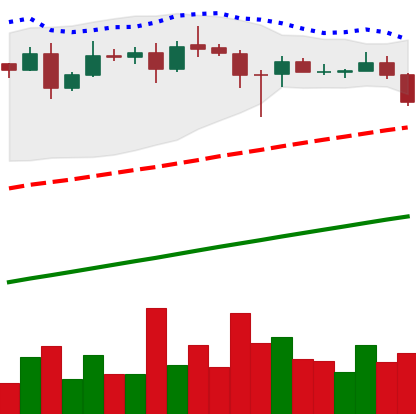
Ticker: ADA-USD
Chart end date: 2020-08-19
Forward return: -3.703%
Label: down_3_5